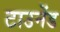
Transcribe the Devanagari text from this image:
टाउनेंड